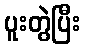
ပူးတွဲပြီး